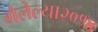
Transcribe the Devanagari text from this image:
गेलेल्या२०१४